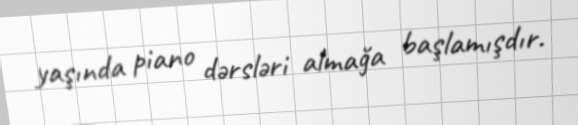
yaşında piano dərsləri almağa başlamışdır.